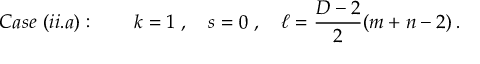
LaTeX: C a s e \ ( i i . a ) : \qquad k = 1 \; , \quad s = 0 \; , \quad \ell = \frac { D - 2 } { 2 } ( m + n - 2 ) \, .